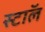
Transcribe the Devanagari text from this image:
स्टाॅल